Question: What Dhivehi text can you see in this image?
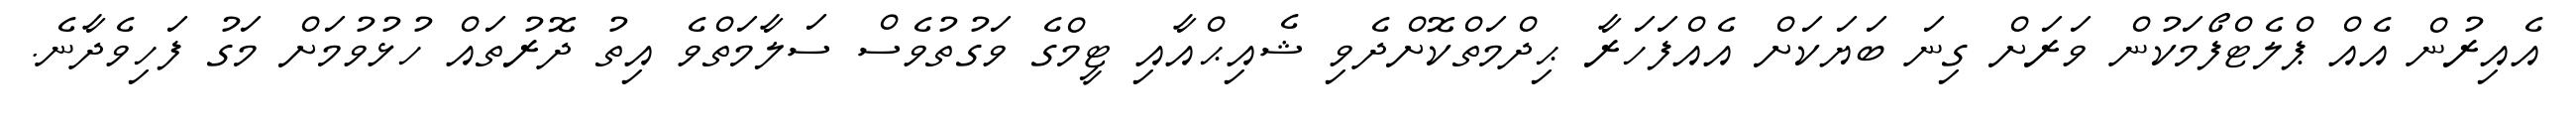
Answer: އެއިރުން އެއް ޕްލެޓްފޯމަކުން ވަރަށް ގިނަ ބަޔަކަށް އެއްފަހަރާ ޙިދްމަތްކޮށްދެވި ޝެއިޙްއާއި ޓީމްގެ ވަގުތުވެސް ސަލާމަތްވެ އިތު ދޮރުތައް ހުޅުވުމަށް މަގު ފަހިވެދާނެ.